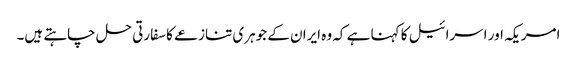
امریکہ اور اسرائیل کا کہنا ہے کہ وہ ایران کے جوہری تنازعے کا سفارتی حل چاہتے ہیں۔